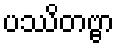
ပဿိတဗ္ဗာ